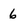
Character: 6